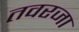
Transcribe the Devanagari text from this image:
तवरजा